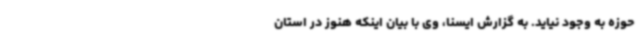
حوزه به وجود نیاید. به گزارش ایسنا، وی با بیان اینکه هنوز در استان